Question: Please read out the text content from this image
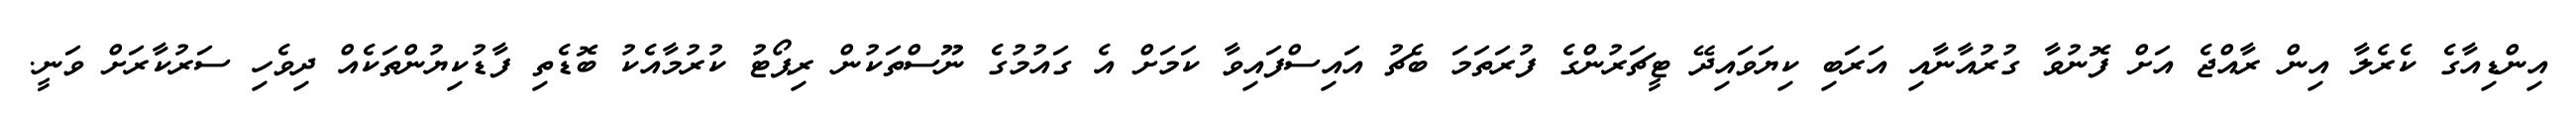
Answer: އިންޑިއާގެ ކެރެލާ އިން ރާއްޖެ އަށް ފޮނުވާ ގުރުއާނާއި އަރަބި ކިޔަވައިދޭ ޓީޗަރުންގެ ފުރަތަމަ ބެޗު އައިސްފައިވާ ކަމަށް އެ ގައުމުގެ ނޫސްތަކުން ރިޕޯޓު ކުރުމާއެކު ބޮޑެތި ފާޑުކިޔުންތަކެއް ދިވެހި ސަރުކާރަށް ވަނީ.